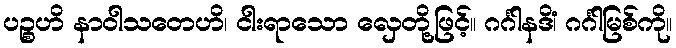
ပဉ္စဟိ နာဝါသတေဟိ၊ ငါးရာသော လှေတို့ဖြင့်။ ဂင်္ဂါနဒိံ၊ ဂင်္ဂါမြစ်ကို။